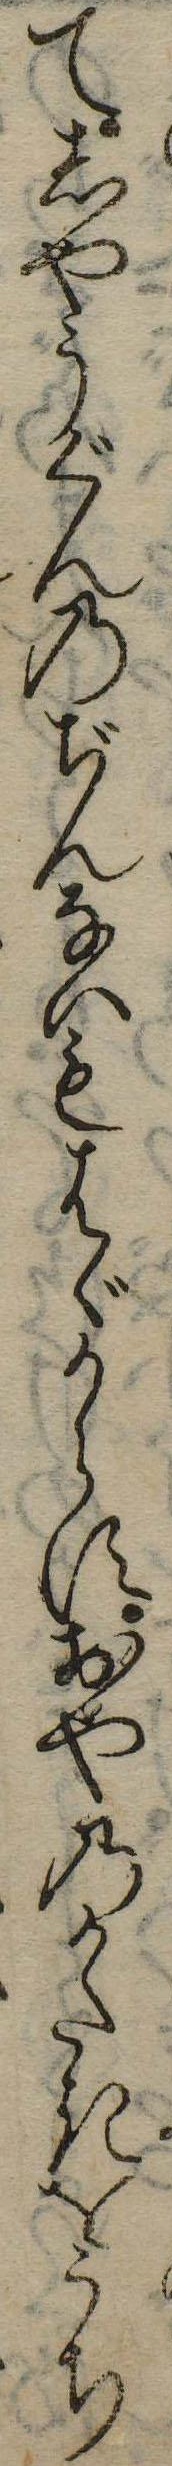
てしやうぐんのぢんないもはゞからすおやのかたきをうち